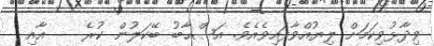
ވިދާޅުވިކަމަށް ލިޔުއްވާފައިވެއެވެ. އަޞްޙާބު ބޭކަލުން ކުރެ    އާއި